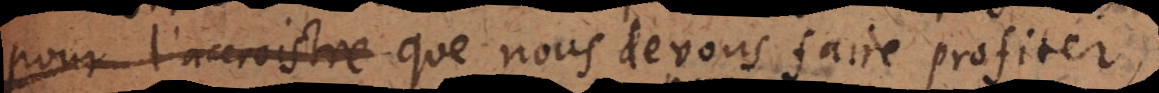
pour l’accroistre que nous devons faire profiter